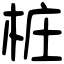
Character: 桩